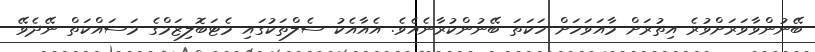
ބޭނުންވާވަރަށްވުރެ އިތުރަށް މާއަވަހަށް ހަކަތަ ބޭނުންކުރާނެއެވެ. އެއާއެކު ސެލްތަކުގައި މެޓަބޮލިޒަމްގެ މަސައްކަތް ނޭދެވޭ